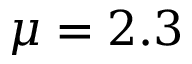
\mu = 2 . 3